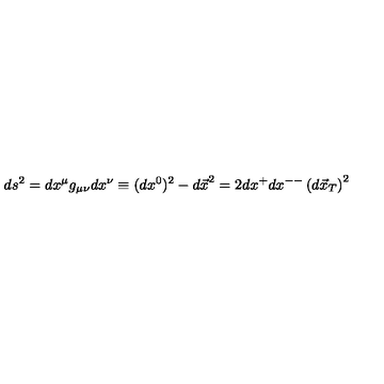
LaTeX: d s ^ { 2 } = d x ^ { \mu } g _ { \mu \nu } d x ^ { \nu } \equiv ( d x ^ { 0 } ) ^ { 2 } - { d \vec { x } } ^ { 2 } = 2 d x ^ { + } d x ^ { -- } \left( d \vec { x } _ { T } \right) ^ { 2 }